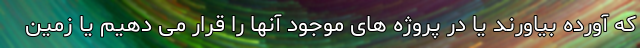
که آورده بیاورند یا در پروژه های موجود آنها را قرار می دهیم یا زمین